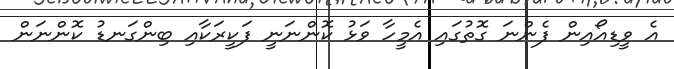
އެ ވީޑިއޯއިން ފެންނަ ގޮތުގައި އެމީހާ ވަޅު ކޮންނަނީ ފަކީރަކާއި ބިންގަނޑު ކޮންނަން